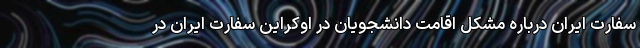
سفارت ایران درباره مشکل اقامت دانشجویان در اوکراین سفارت ایران در